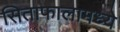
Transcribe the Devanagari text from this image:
सिताफालामध्ये